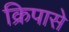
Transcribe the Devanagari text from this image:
क्रिपासे